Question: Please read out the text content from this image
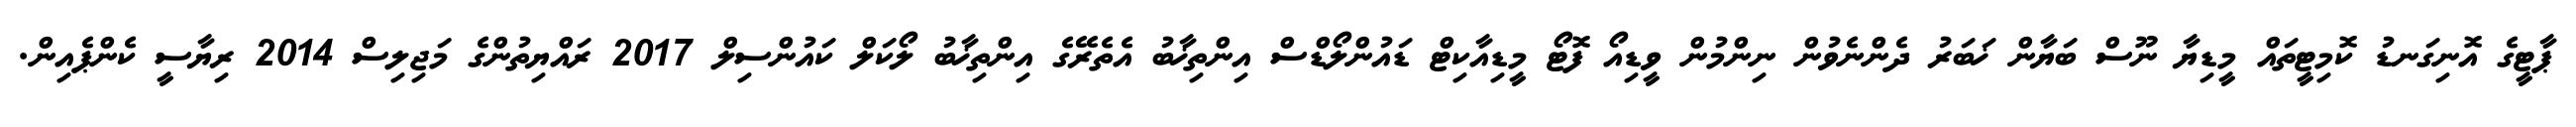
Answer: ޕާޓީގެ އޮނިގަނޑު ކޮމިޓީތައް މީޑިޔާ ނޫސް ބަޔާން ޚަބަރު ދެންނެވުން ނިންމުން ވީޑިއޯ ފޮޓޯ މީޑިއާކިޓް ޑައުންލޯޑްސް އިންތިޚާބު އެތެރޭގެ އިންތިޚާބު ލޯކަލް ކައުންސިލް 2017 ރައްޔިތުންގެ މަޖިލިސް 2014 ރިޔާސީ ކެންޕެއިން.